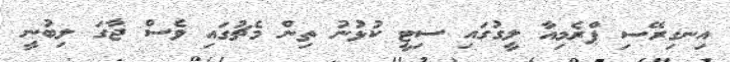
އިނގިރޭސި ޕްރެމިއާ ލީގުގައި ސިޓީ ކުޅުނު ތިން މެޗުގައި ވެސް ޖާގަ ލިބުނީ